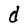
Character: d